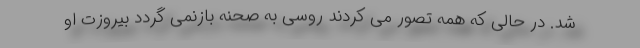
شد. در حالی که همه تصور می کردند روسی به صحنه بازنمی گردد بیروزت او